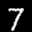
Label: 7